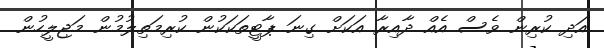
އަދި ކުރިން ވެސް އެއް ދާއިރާ އަކަށް ގިނަ ޕާޓީތަކަކުން ކުރިމަތިލުމުން މަޖިލީހުން